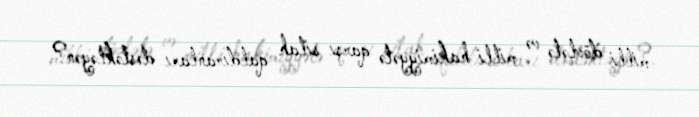
milli dövlətə və milli hakimiyyətə qarşı silah qaldıranları dəstəkləyən?.